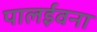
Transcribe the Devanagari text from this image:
पालईवना